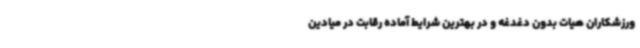
ورزشکاران هیات بدون دغدغه و در بهترین شرایط آماده رقابت در میادین